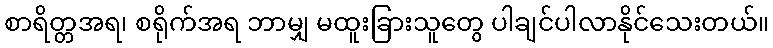
စာရိတ္တအရ၊ စရိုက်အရ ဘာမျှ မထူးခြားသူတွေ ပါချင်ပါလာနိုင်သေးတယ်။